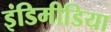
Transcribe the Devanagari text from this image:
इंडिमीडिया